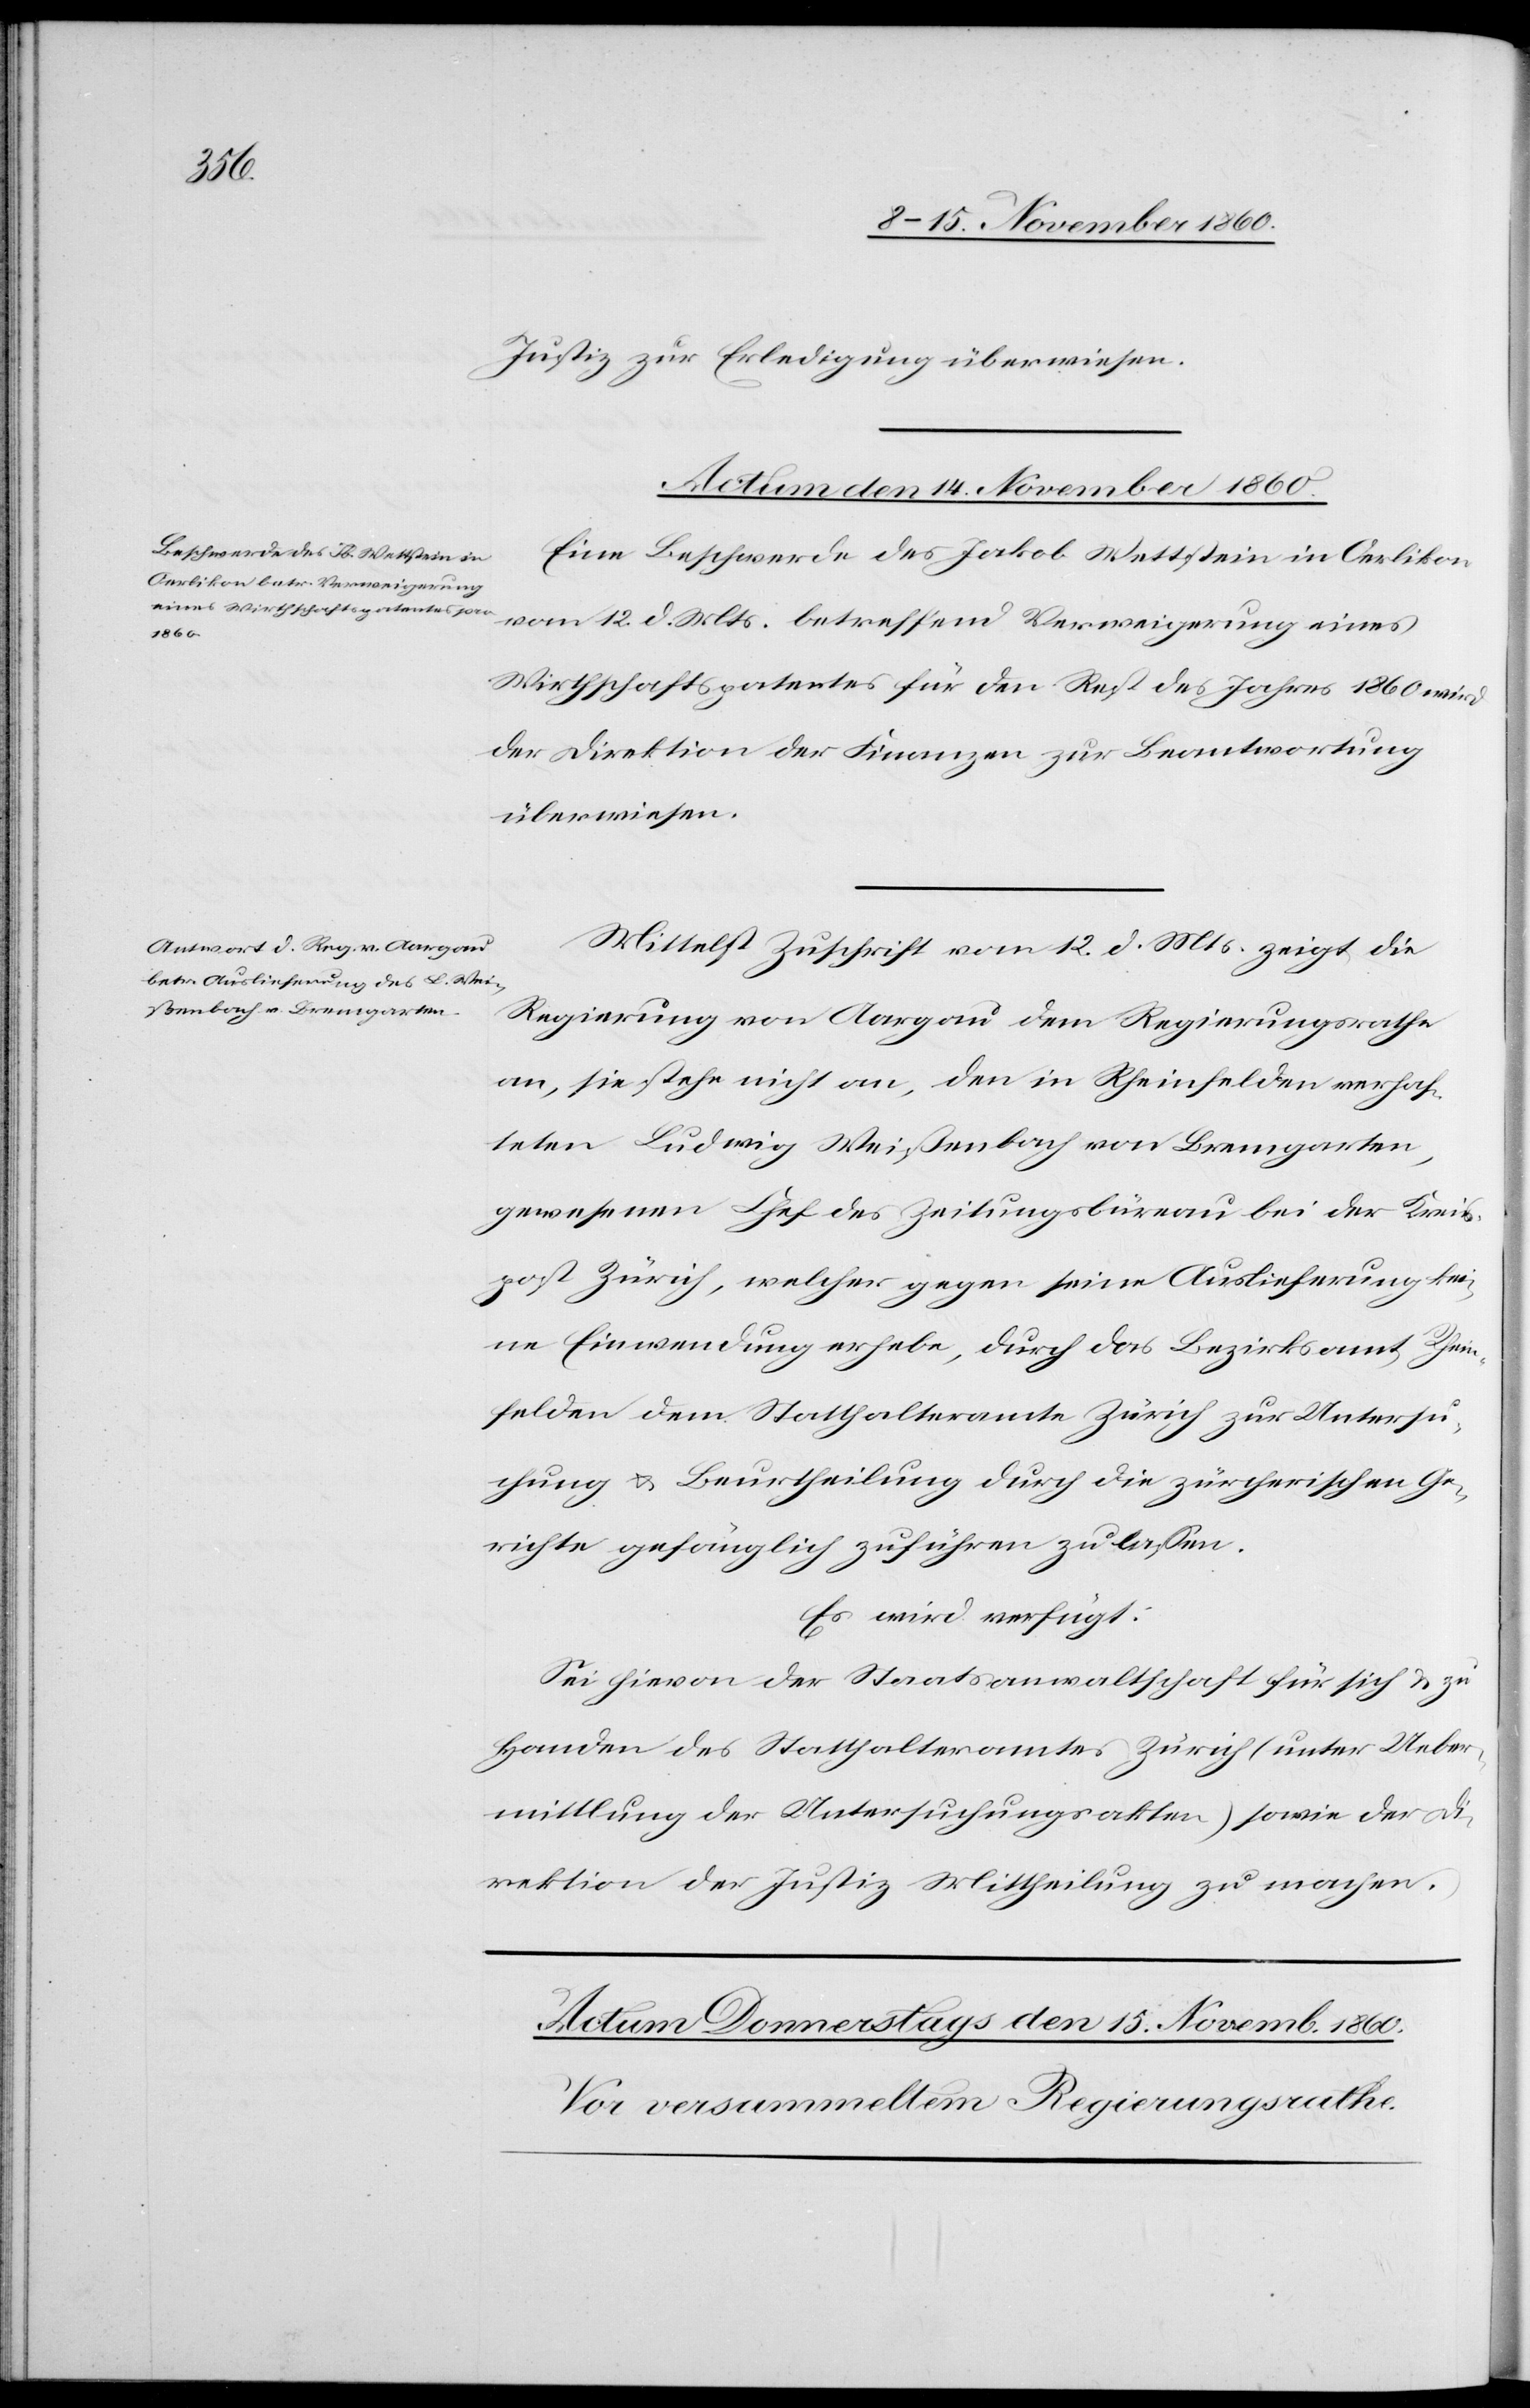
Justiz zur Erledigung überwiesen.
Actum den 14. November 1860.]
Eine Beschwerde des Jakob Wettstein in Oerlikon
vom 12. d. Mts. betreffend Verweigerung eines
Wirthschaftspatentes für den Rest des Jahres 1860 wird
der Direktion der Finanzen zur Beantwortung
überwiesen.
Mittelst Zuschrift vom 12. d. Mts. zeigt die
Regierung von Aargau dem Regierungsrathe
an, sie stehe nicht an, den in Rheinfelden verhaf¬
teten Ludwig Weißenbach von Bremgarten,
gewesenen Chef des Zeitungsbüreau bei der Kreis¬
post Zürich, welcher gegen seine Auslieferung kei¬
ne Einwendung erhebe, durch das Bezirksamt Rhein¬
felden dem Statthalteramte Zürich zur Untersu¬
chung u. Beurtheilung durch die zürcherischen Ge¬
richte gefänglich zuführen zu lassen.
Es wird verfügt:
Sei hievon der Staatsanwaltschaft für sich u. zu
Handen des Statthalteramtes Zürich (unter Ueber¬
mittlung der Untersuchungsakten) sowie der Di¬
rektion der Justiz Mittheilung zu machen.